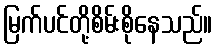
မြက်ပင်တို့စိမ်းစိုနေသည်။